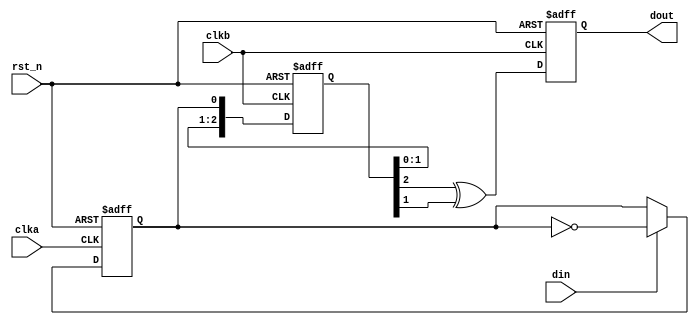
`timescale 1ns/1ps

module pulse_sync(
    input           clka,
    input           rst_n,
    input           din,
    input           clkb,
    output  reg     dout
);

reg toggle;
always @(posedge clka or negedge rst_n) begin
    if(!rst_n)
        toggle <= 1'b0;
    else if(din)
        toggle <= ~toggle;
    else
        toggle <= toggle;
end

(*async_reg = "true"*)reg [2:0] toggle_sync;

always @(posedge clkb or negedge rst_n) begin
    if(!rst_n) begin
        toggle_sync[0] <= 1'b0;
        toggle_sync[1] <= 1'b0;
        toggle_sync[2] <= 1'b0;
    end else begin
        toggle_sync[0] <= toggle;
        toggle_sync[1] <= toggle_sync[0];
        toggle_sync[2] <= toggle_sync[1];
    end
end

always @(posedge clkb or negedge rst_n) begin
    if(!rst_n)
        dout <= 1'b0;
    else
        dout <= toggle_sync[2] ^ toggle_sync[1]; 
end



endmodule